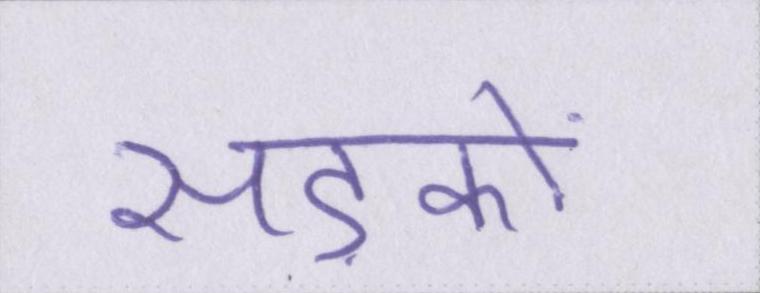
सड़कों